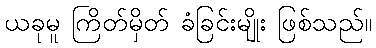
ယခုမူ ကြိတ်မှိတ် ခံခြင်းမျိုး ဖြစ်သည်။